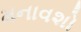
મનાવશો